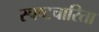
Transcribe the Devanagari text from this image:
स्पष्टचारिता